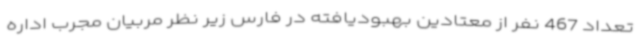
تعداد 467 نفر از معتادین بهبودیافته در فارس زیر نظر مربیان مجرب اداره